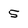
Character: 5